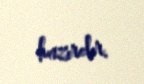
hazırdır.